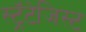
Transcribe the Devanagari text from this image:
स्ट्रॅटेजिस्ट